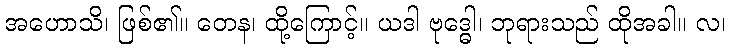
အဟောသိ၊ ဖြစ်၏။ တေန၊ ထို့ကြောင့်။ ယဒါ ဗုဒ္ဓေါ၊ ဘုရားသည် ထိုအခါ။ လ၊